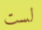
لست